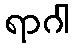
ရာဂါ